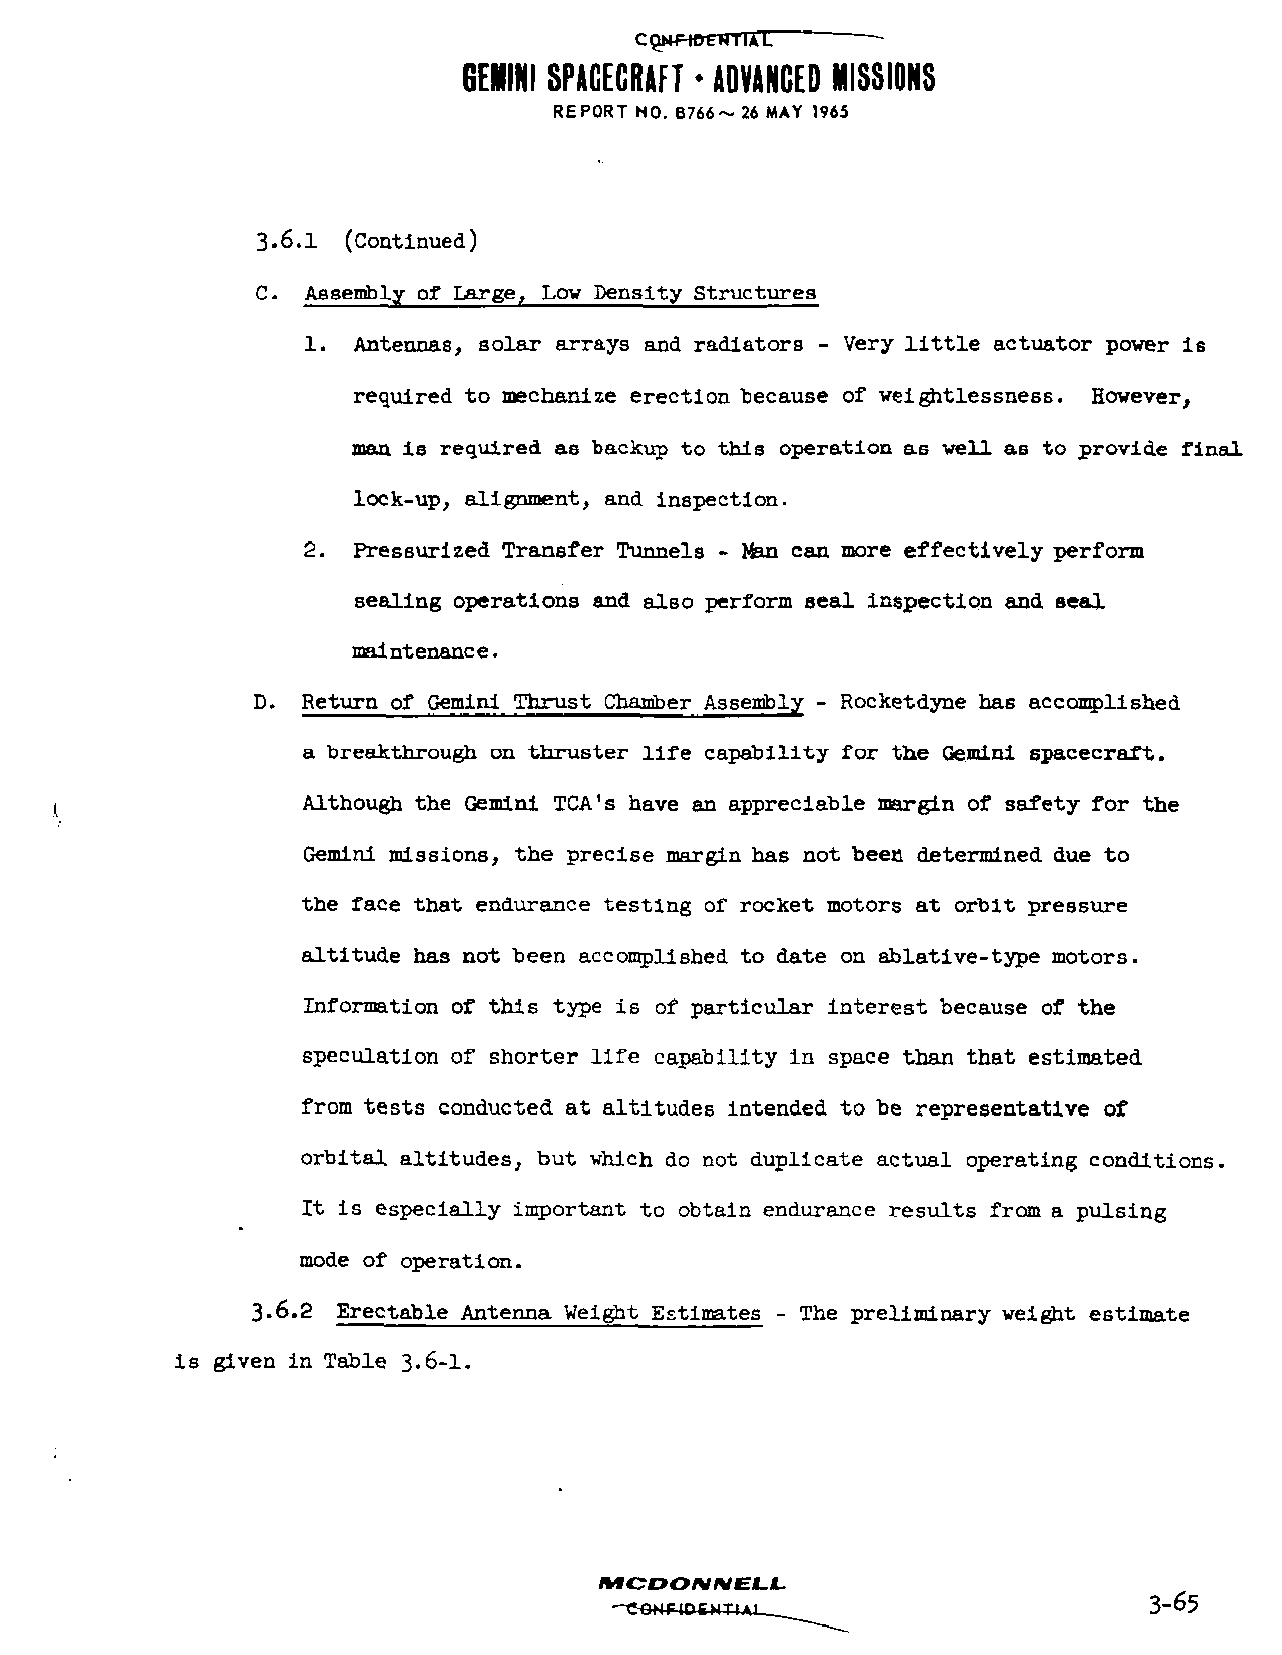
GEMINI SPACECRAFT • ADVANCED MISSIONS
 REPORT NO. B766~ 26 MAY 1965
 3.6.1 (Continued)
 C. Assembly of Large, Low Density Structures
 1. Antennas, solar arrays and radiators - Very little actuator power is
 required to mechanize erection because of weightlessness. However,
 man is required as backup to this operation as well as to provide final
 lock-up, alignment, and inspection.
 2. Pressurized Transfer Tunnels - Man can more effectively perform
 sealing operations and also perform seal inspection and seal
 maintenance.
 D. Return of Gemini Thrust Chamber Assembly - Rocketdyne has accomplished
 a breakthrough on thruster life capability for the Gemini spacecraft.
 Although the Gemini TCA's have an appreciable margin of safety for the
 Gemini missions, the precise margin has not been determined due to
 the face that endurance testing of rocket motors at orbit pressure
 altitude has not been accomplished to date on ablative-type motors.
 Information of this type i6 of particular interest because of the
 speculation of shorter life capability in space than that estimated
 from tests conducted at altitudes intended to be representative of
 orbital altitudes, but which do not duplicate actual operating conditions.
 It is especially important to obtain endurance results from a pulsing
 mode of operation.
 3-6.2 Erectable Antenna Weight Estimates - The preliminary weight estimate
 is given in Table 3.6-1.
 MCDONNELL.